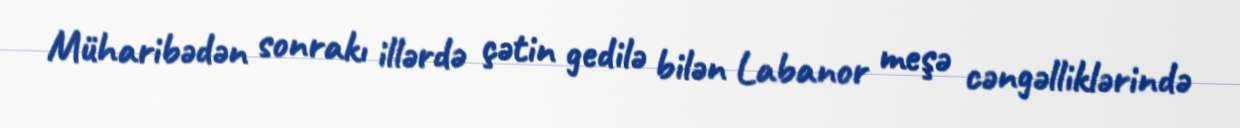
Müharibədən sonrakı illərdə çətin gedilə bilən Labanor meşə cəngəlliklərində